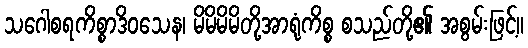
သဂေါစရကိစ္စာဒိဝသေန၊ မိမိမိမိတို့အာရုံကိစ္စ စသည်တို့၏ အစွမ်းဖြင့်။